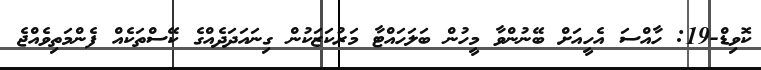
ކޮވިޑް-19: ހާއްސަ އެހީއަށް ބޭނުންވާ މީހުން ބަލަހައްޓާ މަރުކަޒަކުން ގިނައަދަދެއްގެ ކޭސްތަކެއް ފެންމަތިވެއްޖެ